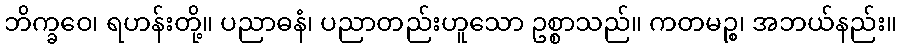
ဘိက္ခဝေ၊ ရဟန်းတို့။ ပညာဓနံ၊ ပညာတည်းဟူသော ဥစ္စာသည်။ ကတမဉ္စ၊ အဘယ်နည်း။